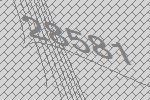
28581